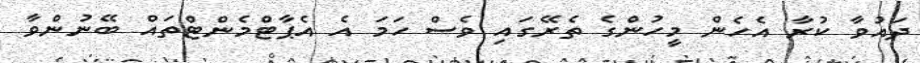
ދައުވާ ކުރާ އެހެން މީހުންގެ ތެރޭގައި ވެސް ހަމަ އެ އެޕާޓްމެންޓްތައް ބޭނުންވާ